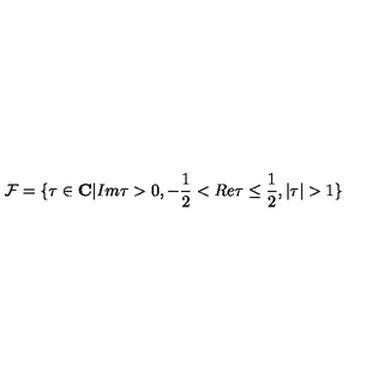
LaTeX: { \cal F } = \{ \tau \in { \bf C } | I m \tau > 0 , - \frac { 1 } { 2 } < R e \tau \leq \frac { 1 } { 2 } , | \tau | > 1 \}